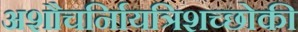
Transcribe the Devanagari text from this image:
अशौचर्निायत्रिशच्छोकी